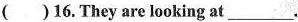
( )16.They are looking at___.